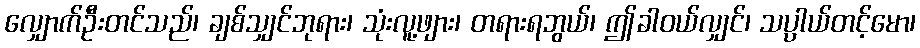
လျှောက်ဦးတင်သည်၊ ချစ်သျှင်ဘုရား၊ သုံးလူ့ဖျား၊ တရားရဘွယ်၊ ဤခါဝယ်လျှင်၊ သပ္ပါယ်တင့်မော၊